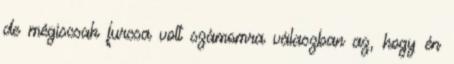
de mégiscsak furcsa volt számomra válaszban az, hogy én